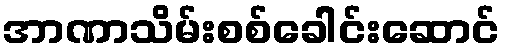
အာဏာသိမ်းစစ်ခေါင်းဆောင်